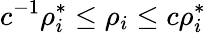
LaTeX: c^{-1}\rho_{i}^{*}\leq\rho_{i}\leq c\rho_{i}^{*}